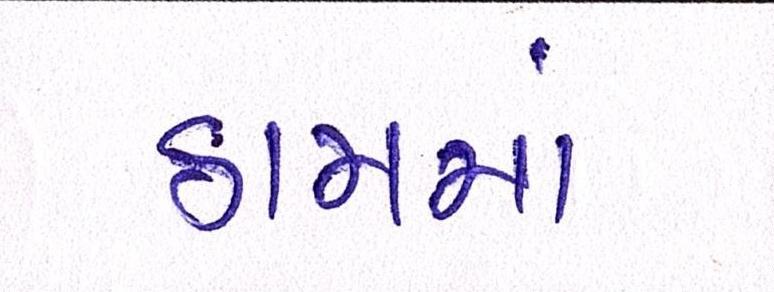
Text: ઠામમાં